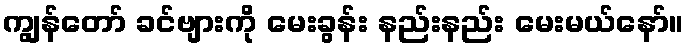
ကျွန်တော် ခင်ဗျားကို မေးခွန်း နည်းနည်း မေးမယ်နော်။